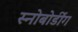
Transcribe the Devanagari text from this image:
स्नोबोर्डींग